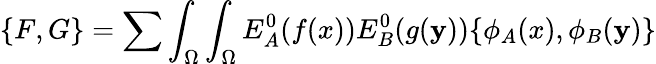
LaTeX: \{ F,G\} =\sum\int_{\Omega}\int_{\Omega}E_{A}^{0}(f(x))E_{B}^{0}(g(\mathbf{y}))\{ \phi_{A}(x),\phi_{B}(\mathbf{y})\}